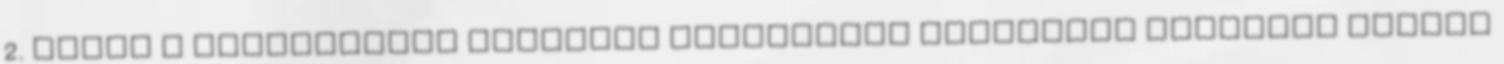
2. modul a megszerzett szókincs birtokában végezhető irodalmi igényű